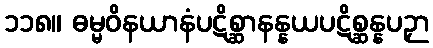
၁၁၈။ ဓမ္မဝိနယာနံပဋိစ္ဆာနန္နယပဋိစ္ဆန္နပဉှာ